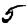
Digit: 5